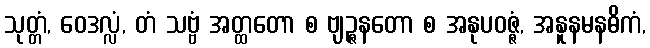
သုတ္တံ, ဝေဒလ္လံ, တံ သဗ္ဗံ အတ္ထတော စ ဗျဉ္ဇနတော စ အနုပဝဇ္ဇံ, အနူနမနဓိကံ,